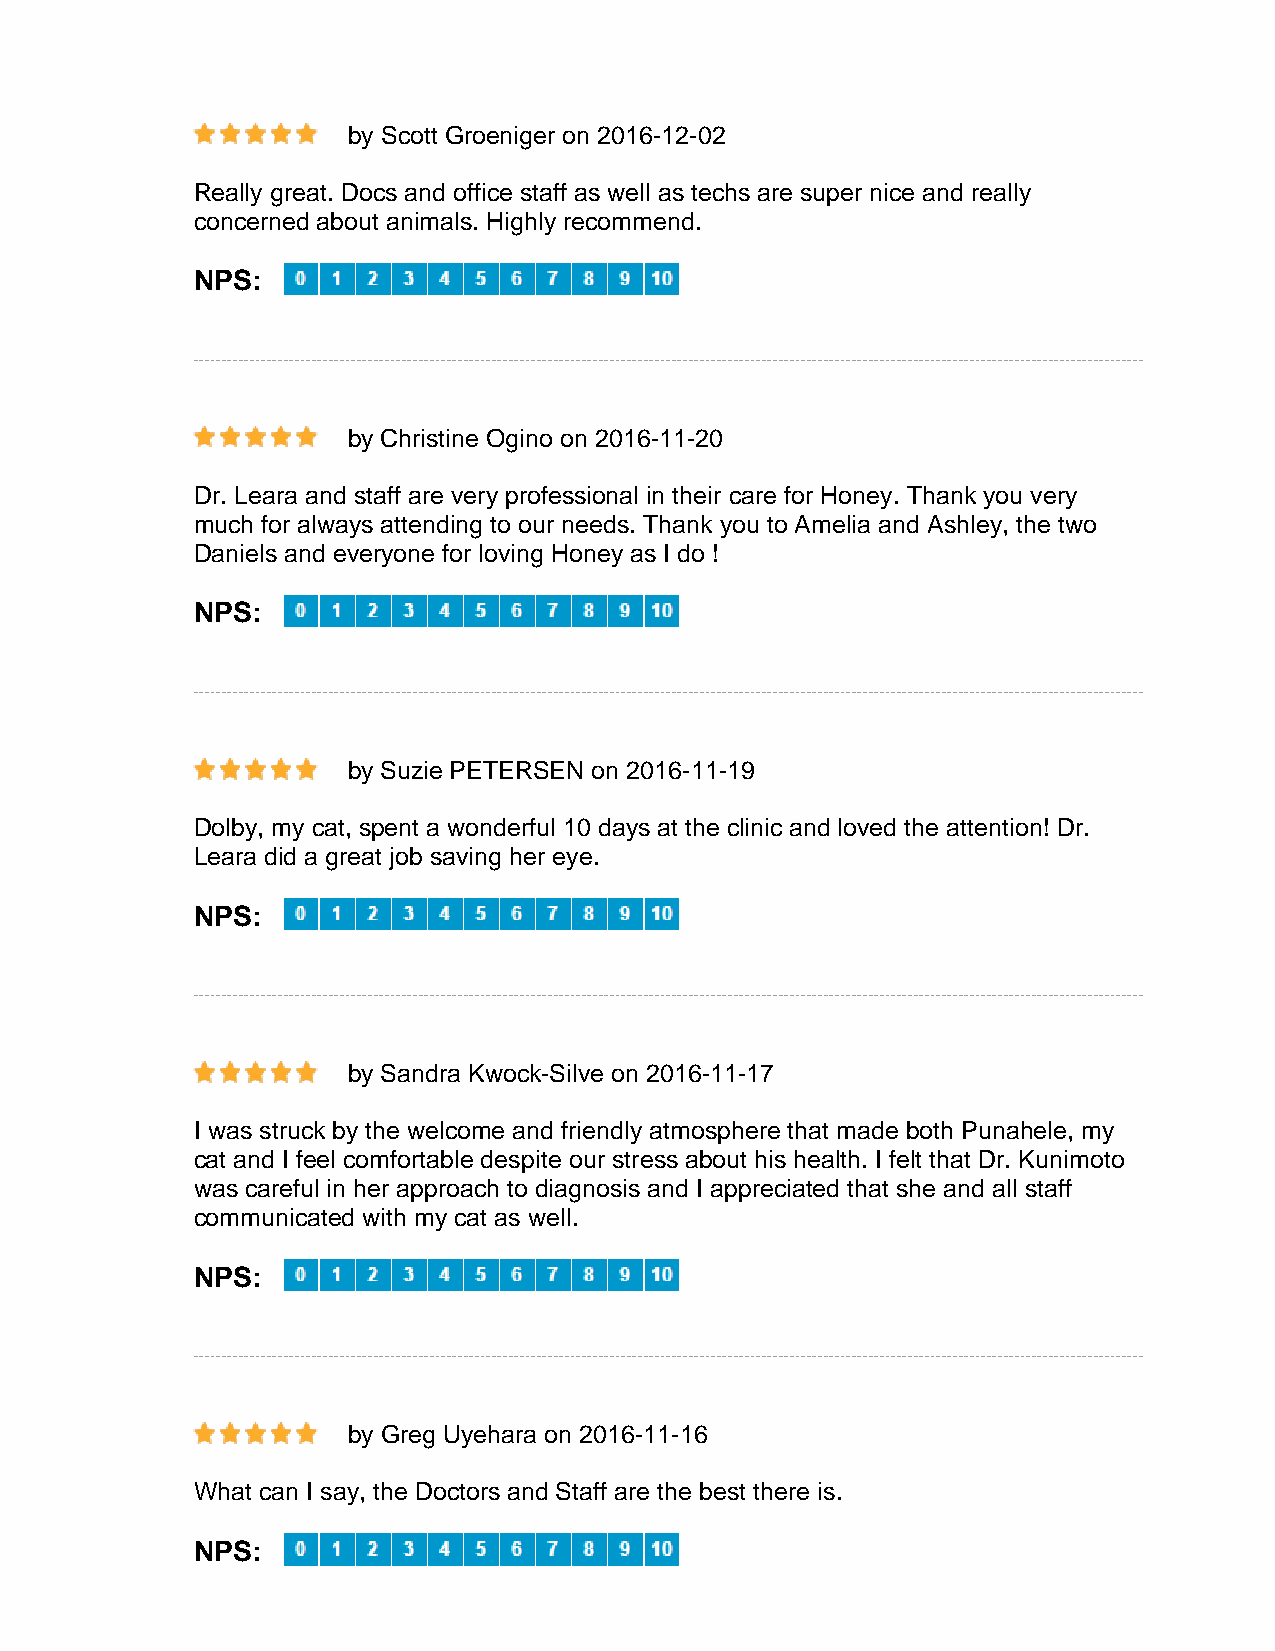
by Scott Groeniger on 2016-12-02
 Really great. Docs and office staff as well as techs are super nice and really
 concerned about animals. Highly recommend.
 NPS:
 by Christine Ogino on 2016-11-20
 Dr. Leara and staff are very professional in their care for Honey. Thank you very
 much for always attending to our needs. Thank you to Amelia and Ashley, the two
 Daniels and everyone for loving Honey as I do !
 NPS:
 by Suzie PETERSEN on 2016-11-19
 Dolby, my cat, spent a wonderful 10 days at the clinic and loved the attention! Dr.
 Leara did a great job saving her eye.
 NPS:
 by Sandra Kwock-Silve on 2016-11-17
 I was struck by the welcome and friendly atmosphere that made both Punahele, my
 cat and I feel comfortable despite our stress about his health. I felt that Dr. Kunimoto
 was careful in her approach to diagnosis and I appreciated that she and all staff
 communicated with my cat as well.
 NPS:
 by Greg Uyehara on 2016-11-16
 What can I say, the Doctors and Staff are the best there is.
 NPS: